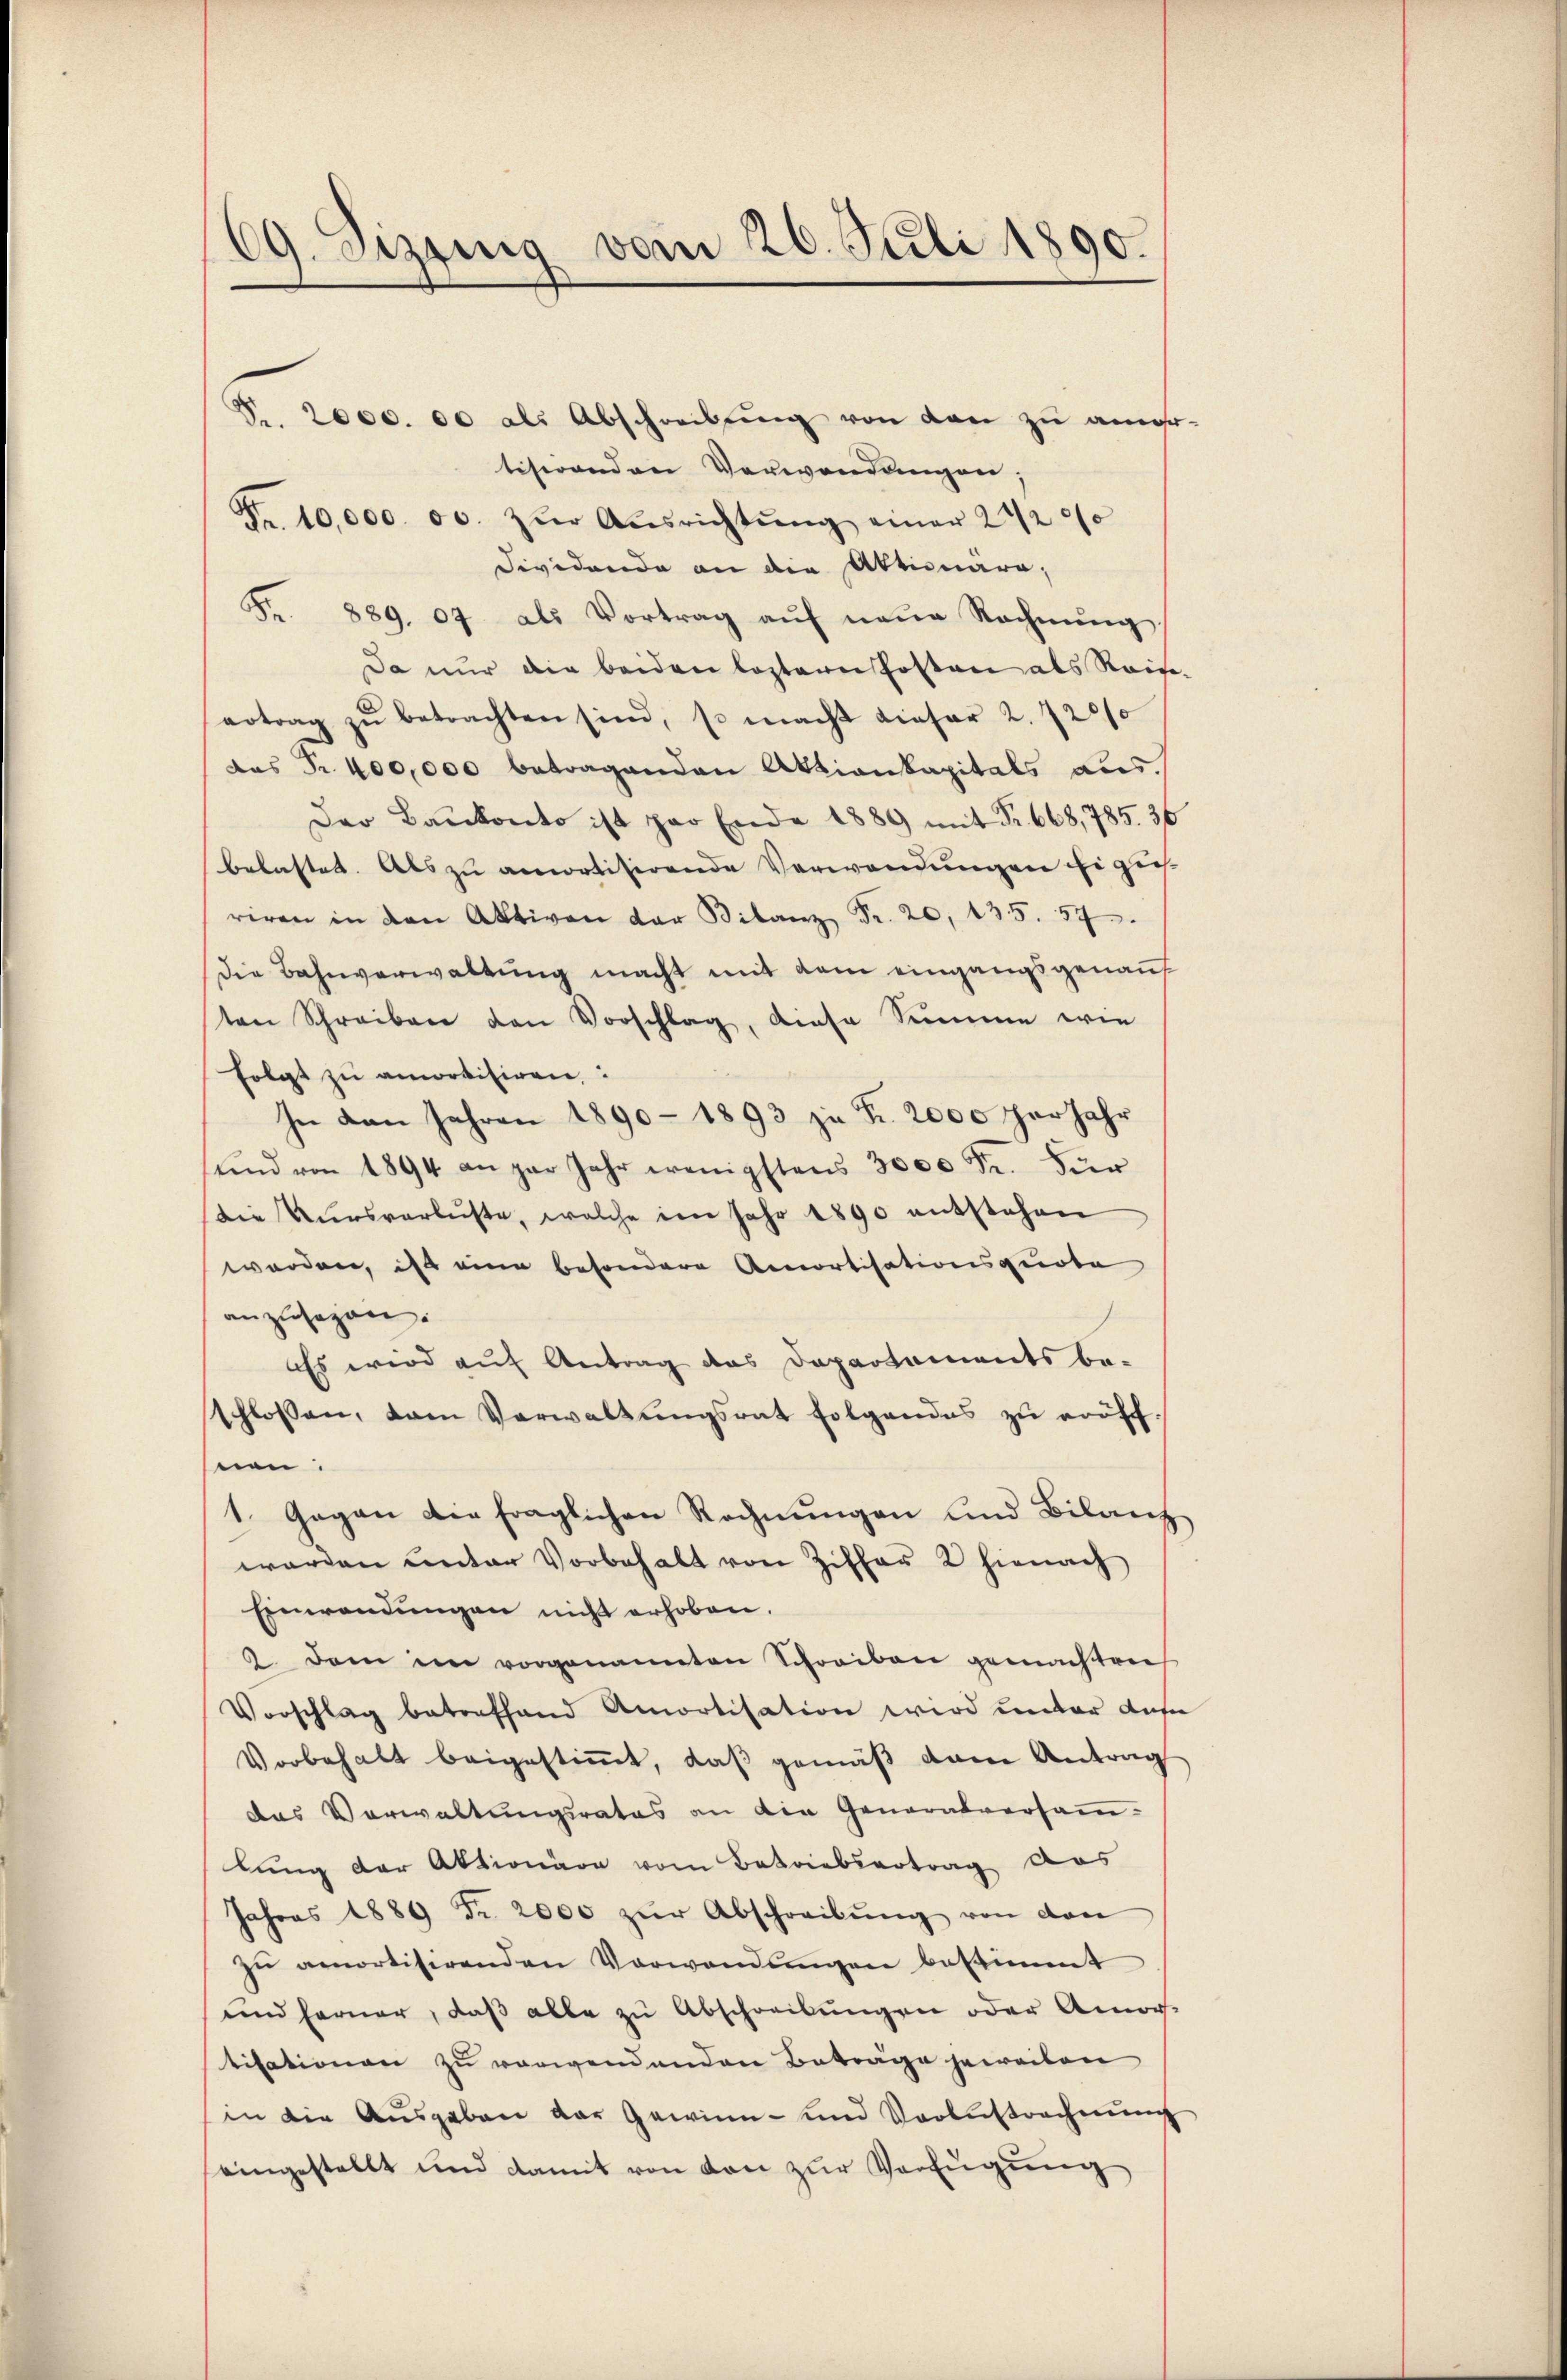
69. Sizting vom 26. Juli 1890.

P.. 2000. 00 als Abschreibung von den zu ans
titerenden Verwendungen;
Fr. 10,000. 00. zŭr Aŭsrichtŭng einer 2 1/2 0/0
Dividende an die Aktionara,
Fr. 889. 07 als Vortrag aŭf neue Rechnŭng.
Da nur die beiden leztern Posten als Reise
ertrag zŭ betrachten sind, so macht dieser 2. 720/0
das Fr. 400,000 betragenden Aktiankapitals aus.
Der Bankonto ist par Ende 1889 mit Fr. 668, 785. 36
belastet. Als zu amortisirende Verwendungen Eigen
riren in den Aktiven der Bilanz Fr. 20, 135. 57.
Die Bahnverwaltung macht mit dem eingangsgenannt
ten Schreiben den Vorschlag, diese Summe wie
folgt zu amortisiren,
In den Jahren 1890 - 1893 zu Fr. 2000 Thar Jahr
ŭnd von 1894 an gar Jahr wenigstens 3000 Fr. Für
Die Kursverbüste, welche im Jahr 1890 entstehen
worden, ist eine besondere Amortisationsquote
anzusagen.
Es wird auf Antrag des Departaments be-
schlossen, dem Verwaltŭngsrat folgendes zŭ eröff-
nen.
1. Gegen die fraglichen Rechnungen und Bilanz
werden unter Vorbehalt von Ziffer 2 hienach
Einwendungen nicht erhoben.
2. dem im vorgenannten Schreiben gemachten
Vorschlag betreffend Amortisation wird unter das
Vorbehalt beigestiṁt, daβ gemäβ dem Antrag
das Verwaltungsrates an die Generalversammlung der Aktionäre vom Betriebertrag das
Jahres 1889 Fr. 2000 zŭr Abschreibŭng von den
zŭ amortisirenden Verwendŭngen bestimmt
und ferner, daß alle zu Abschreibungen oder Amor-
titationen zu verwendenden Beträge jeweiten
in die Ausgaben der Gewinn- und Verlustrechnung
eingestellt und damit von von zur Verfügung